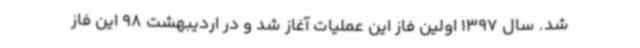
شد. سال 1397 اولین فاز این عملیات آغاز شد و در اردیبهشت 98 این فاز